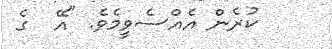
ކުރެން އެއްސެވީމެވެ. "އޭ  ގެ